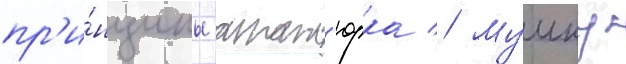
пр'и́нципы атат'юрка // Мумку